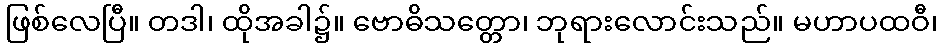
ဖြစ်လေပြီ။ တဒါ၊ ထိုအခါ၌။ ဗောဓိသတ္တော၊ ဘုရားလောင်းသည်။ မဟာပထဝီ၊